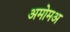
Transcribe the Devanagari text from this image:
अमोमअ